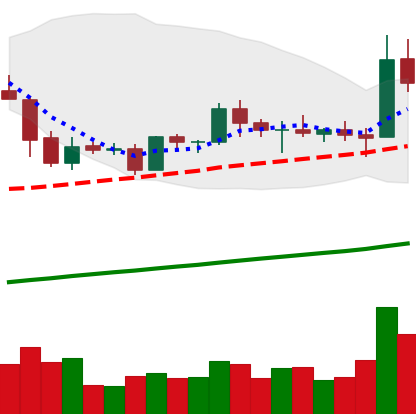
Ticker: EOS-USD
Chart end date: 2019-05-12
Forward return: 13.105%
Label: up_7plus